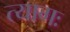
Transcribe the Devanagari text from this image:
त्यागः